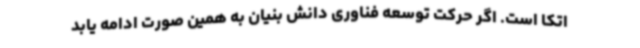
اتکا است. اگر حرکت توسعه فناوری دانش بنیان به همین صورت ادامه یابد